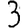
Digit: 3